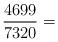
LaTeX: \begin{align*} \frac{4699}{7320} = \end{align*}